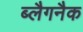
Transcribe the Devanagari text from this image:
ब्लैगनैक